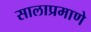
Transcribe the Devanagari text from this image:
सालाप्रमाणे